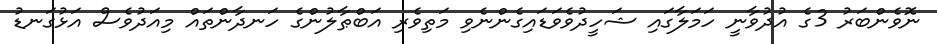
ނޮވެންބަރު 3ގެ އުދުވާނީ ހަމަލާގައި ޝަހީދުވެވަޑައިގެންނެވި މަތިވެރި އަބްޠާލުންގެ ހަނދާންތައް މިއަދުވެސް އަޅުގަނޑު